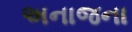
અનાજના